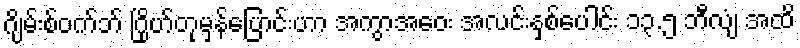
ဂျိမ်းစ်ဝက်ဘ် ဂြိုဟ်တုမှန်ပြောင်းဟာ အကွာအဝေး အလင်းနှစ်ပေါင်း ၁၃.၅ ဘီလျံ အထိ